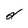
Character: d